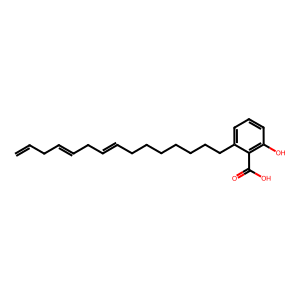
SMILES: C=CCC=CCC=CCCCCCCCc1cccc(O)c1C(=O)O
Inhibits HIV replication: No